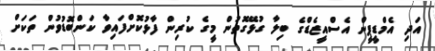
އަދި އެމްޑީޕީން އެސްއީޒެޑްގެ ބިލާ ގުޅޭގޮތުން މީގެ ކުރިން ފާޅުކޮށްފައިވާ ކަންބޮޑުވުން ތަކަށް